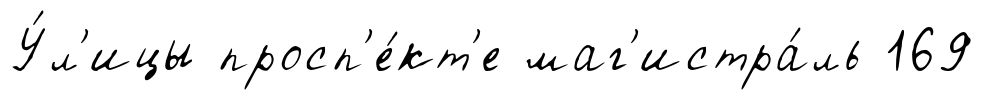
У́л'ицы просп'е́кт'е маг'истра́ль 169